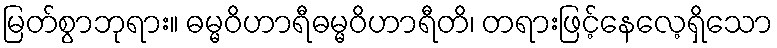
မြတ်စွာဘုရား။ ဓမ္မဝိဟာရီဓမ္မဝိဟာရီတိ၊ တရားဖြင့်နေလေ့ရှိသော